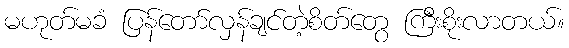
မဟုတ်မခံ ပြန်တော်လှန်ချင်တဲ့စိတ်တွေ ကြီးစိုးလာတယ်။